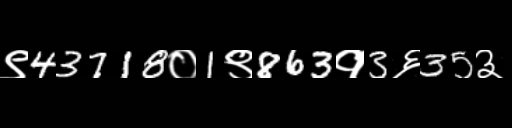
Text: ९43718०1९863१3६35३